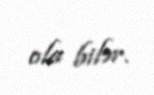
ola bilər.